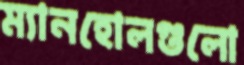
ম্যানহোলগুলো